Leaving Certificate Examination, 1910
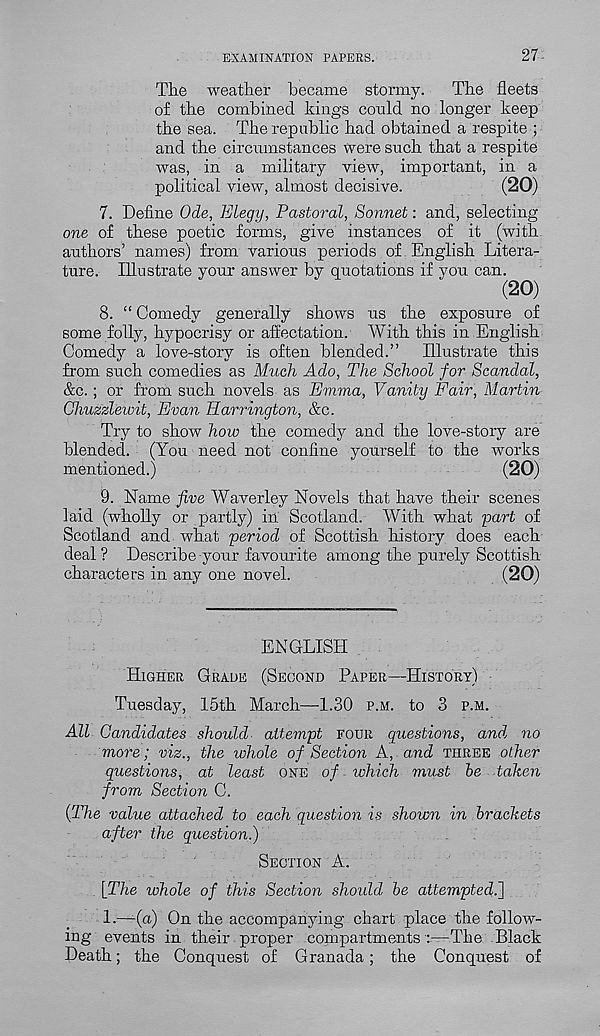
EXAMINATION PAPERS.
27-
Tlie weatlier became stormy. The fleets
of the combined kings could no longer keep
the sea. The republic had obtained a respite ;
and the circumstances were such that a respite
was, in a military view, important, in a
political view, almost decisive.
(20)
7. Define Ode, Elegy, Pastoral, Sonnet: and, selecting
one of these poetic forms, give instances of it (with
authors’ names) from various periods of English Litera-
ture. Illustrate your answer by quotations if you can.
(20)
8. “ Comedy generally shows us the exposure of
some folly, hypocrisy or affectation. With this in English
Comedy a love-story is often blended.” Illustrate this
from such comedies as Much Ado, The School for Scandal,
&c. ; or from such novels as Emma, Vanity Fair, Martin
Chuzzlewit, Evan Harrington, &c.
Try to show how the comedy and the love-story are
blended. (You need not confine yourself to the works
mentioned.)
(20)
9. Name five Waverley Novels that have their scenes
laid (wholly or partly) in Scotland. With what part of
Scotland and what period of Scottish history does each
deal ? Describe your favourite among the purely Scottish
characters in any one novel.
(20)
ENGLISH
HIGHER GRADE (SECOND PAPER—HISTORY)
Tuesday, 15th March—1.30 P.M. to 3 P.M.
All Candidates should attempt FOUR questions, and no
more; viz., the whole of Section A, and THREE other
questions, at least ONE of which must be taken
from Section C.
('The value attached to each question is shown in brackets
after the question.)
SECTION A.
[The whole of this Section should be attempted.)
1.—-(a) On the accompanying chart place the follow-
ing events in their proper compartments :—The Black
Death; the Conquest of Granada; the Conquest of